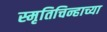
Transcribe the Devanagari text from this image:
स्मृतिचिन्हाच्या